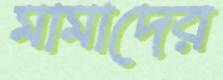
মামাদের